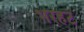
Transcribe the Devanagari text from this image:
भरहट